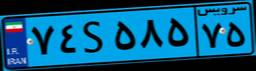
۸۳S۳۸۵۲۳